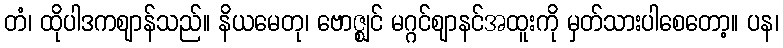
တံ၊ ထိုပါဒကဈာန်သည်။ နိယမေတု၊ ဗောဇ္ဈင် မဂ္ဂင်ဈာနင်အထူးကို မှတ်သားပါစေတော့။ ပန၊